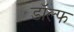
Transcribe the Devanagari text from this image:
डॉल्फ